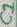
Text: C1